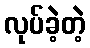
လုပ်ခဲ့တဲ့